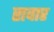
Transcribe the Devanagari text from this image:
रावार